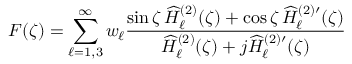
F ( \zeta ) = \sum _ { \ell = 1 , 3 } ^ { \infty } w _ { \ell } \frac { \sin \zeta \, \widehat { H } _ { \ell } ^ { ( 2 ) } ( \zeta ) + \cos \zeta \, \widehat { H } _ { \ell } ^ { ( 2 ) \prime } ( \zeta ) } { \widehat { H } _ { \ell } ^ { ( 2 ) } ( \zeta ) + j \widehat { H } _ { \ell } ^ { ( 2 ) \prime } ( \zeta ) }